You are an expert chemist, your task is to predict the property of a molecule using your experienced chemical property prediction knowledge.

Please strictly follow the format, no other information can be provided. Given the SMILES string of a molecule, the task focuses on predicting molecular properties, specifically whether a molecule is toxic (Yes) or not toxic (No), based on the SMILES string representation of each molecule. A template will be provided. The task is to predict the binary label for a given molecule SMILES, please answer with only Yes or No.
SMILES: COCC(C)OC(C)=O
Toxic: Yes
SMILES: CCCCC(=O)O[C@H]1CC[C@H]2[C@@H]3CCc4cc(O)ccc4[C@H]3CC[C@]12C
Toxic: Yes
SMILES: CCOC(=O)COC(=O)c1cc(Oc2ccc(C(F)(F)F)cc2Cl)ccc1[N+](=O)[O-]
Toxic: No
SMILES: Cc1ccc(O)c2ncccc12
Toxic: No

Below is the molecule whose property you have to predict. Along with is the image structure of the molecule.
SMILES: NC=O
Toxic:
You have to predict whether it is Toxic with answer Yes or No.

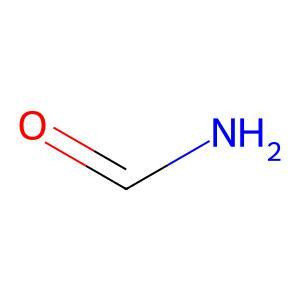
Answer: No